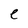
Character: e